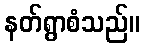
နတ်ရွာစံသည်။